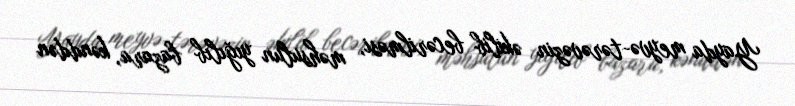
Yayda meyvə-tərəvəzin əkilib becərilməsi, məhsulun yığılıb bazara, kənddən